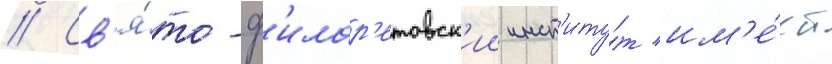
// Св'я́то-ф'илар'етовск'ии инст'иту́т им'е́ет